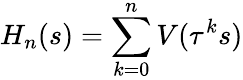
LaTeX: H_{n}(s)=\sum_{k=0}^{n}V(\tau^{k}s)